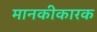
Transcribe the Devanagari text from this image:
मानकीकारक